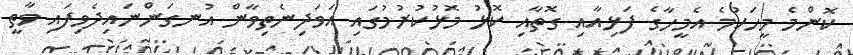
ކޮންމެ މީހަކުމެ އެމީހާގެ ފަޅިއާއި ގޮތާއި ކޮޅު މޮޅުކުރުމުގައި އަވަދިނެތިވާން އުނގަންނައިދެވިފައި ވާތީ